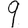
Digit: 9